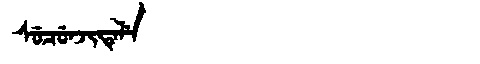
Manchu: ᠰᡠᠴᡠᠨᠵᡳᡨᡝᠯᡝ
Romanization: SUCUNJITELE